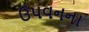
ઉપવનના